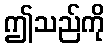
ဤသည်ကို